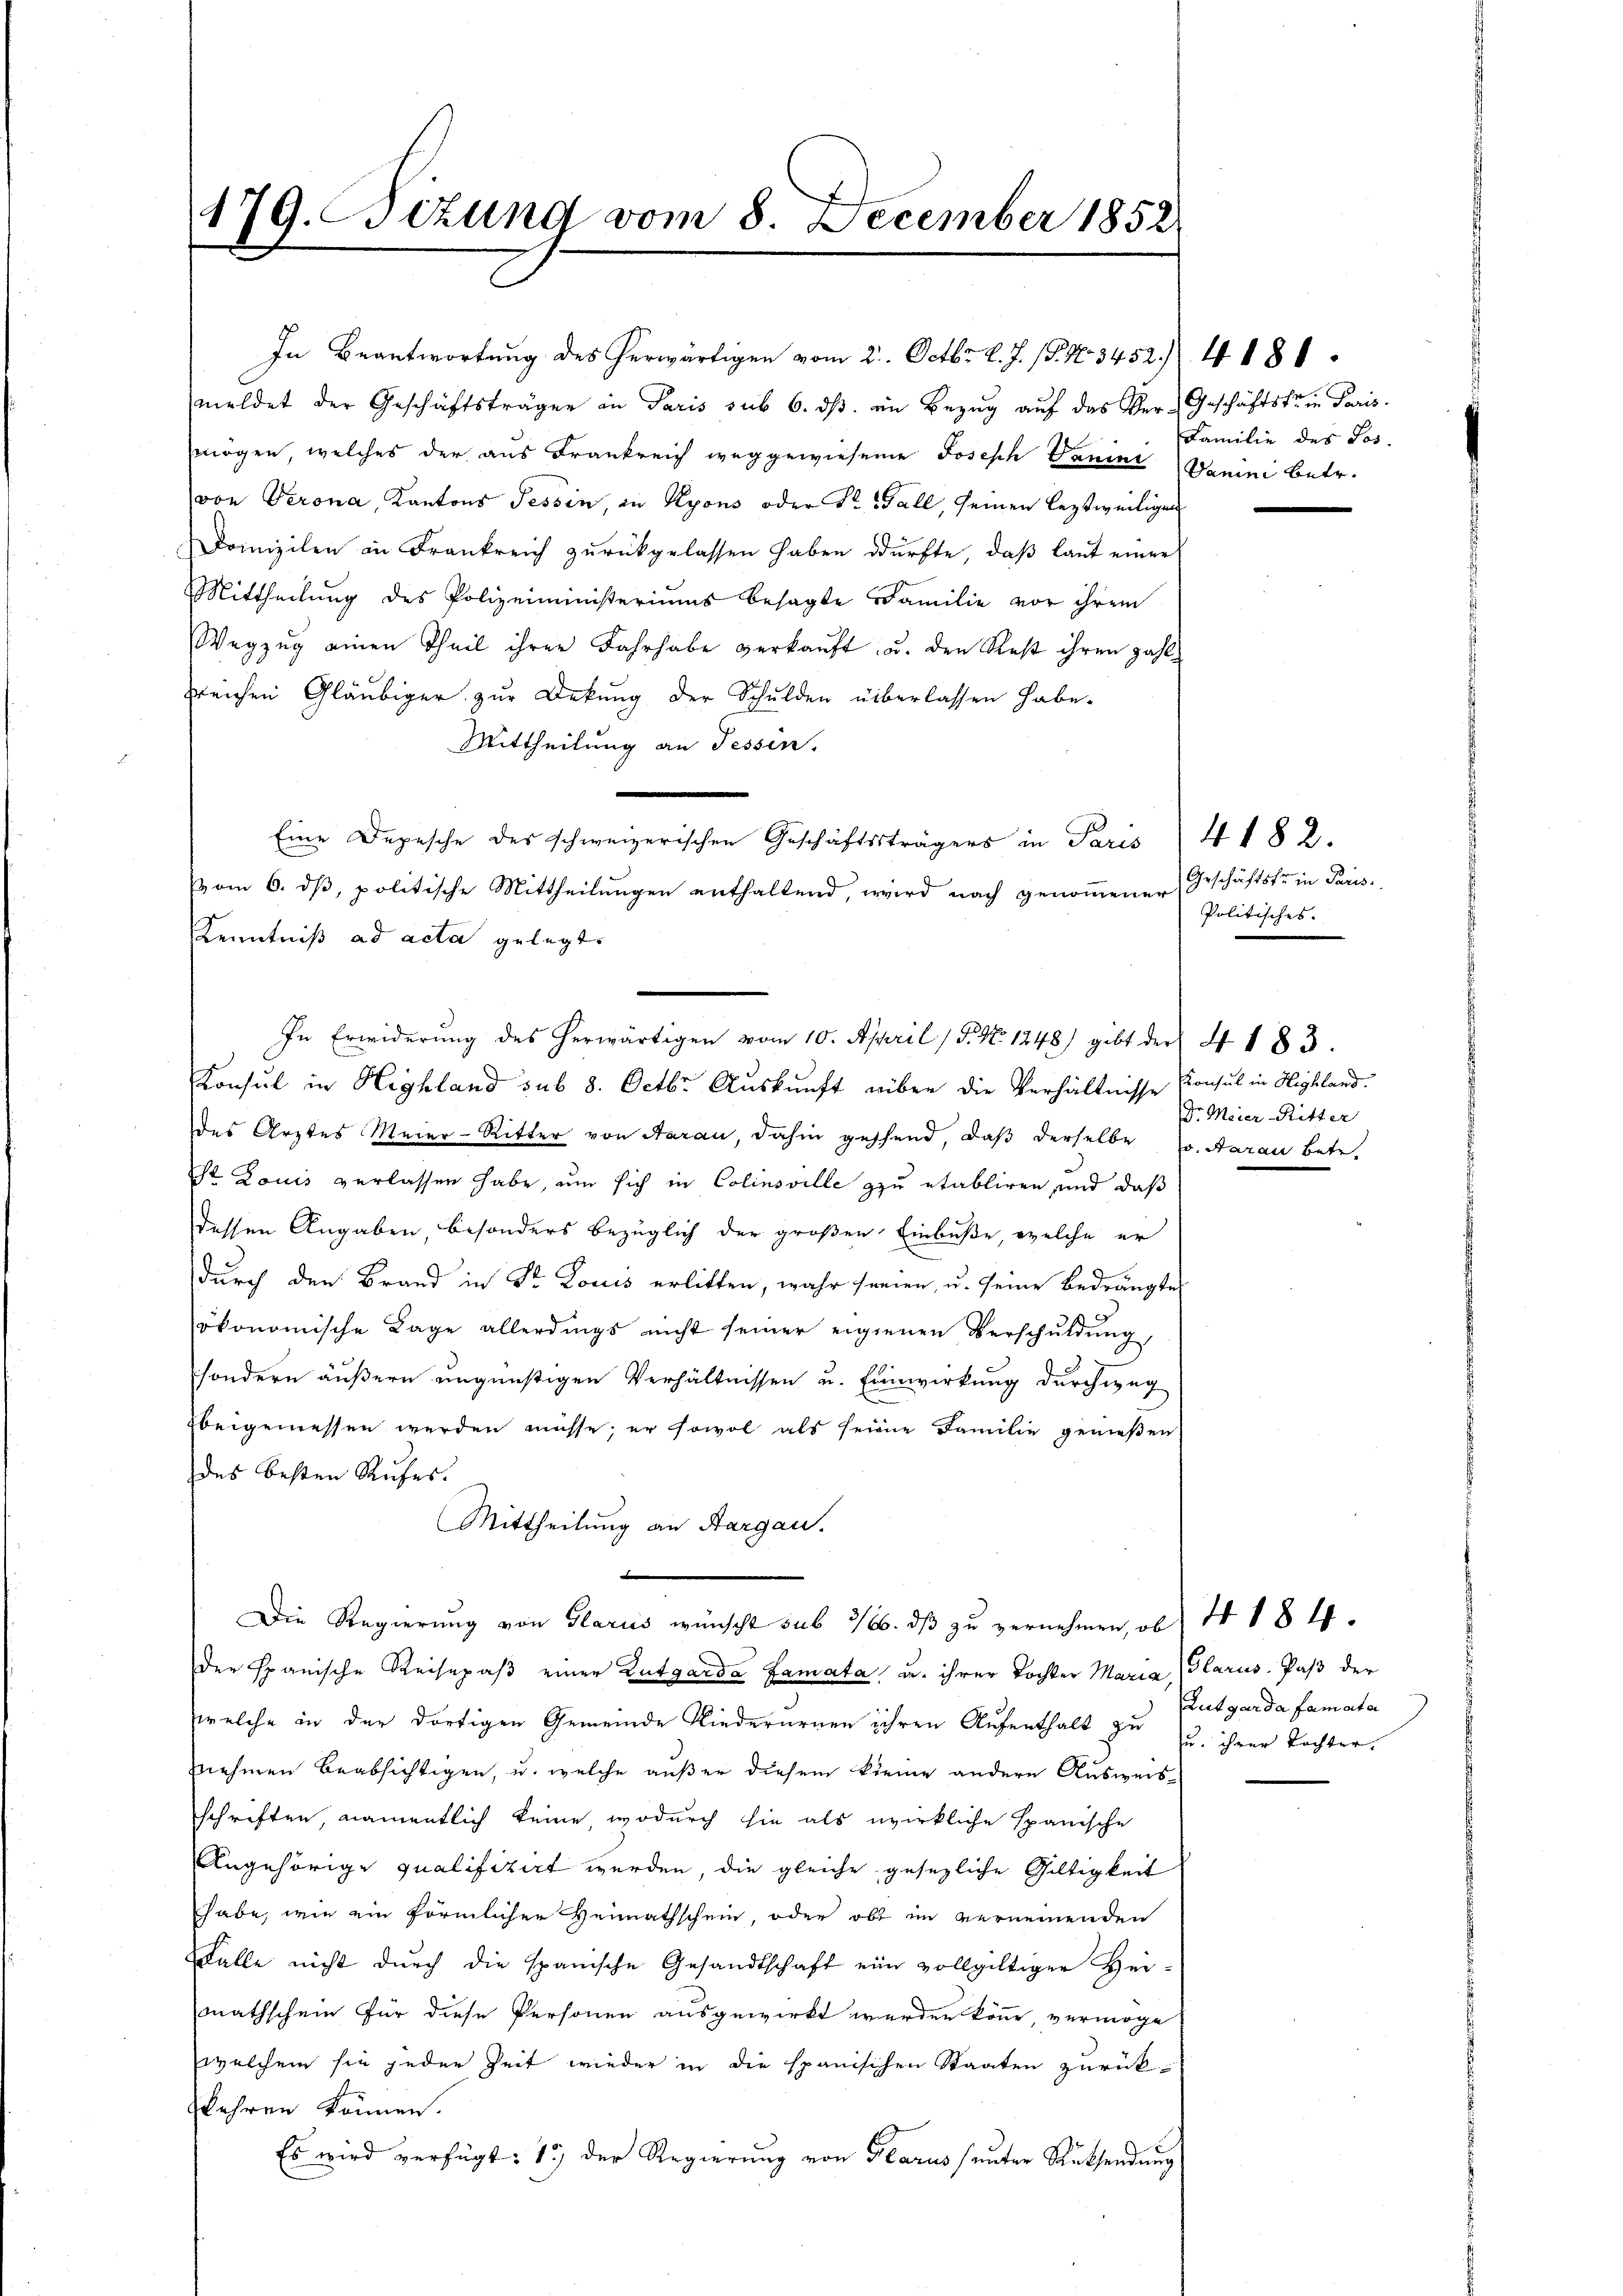
179. Bizung vom 8. December 1852.

In Beantwortung des herwärtigen vom 2. Octbr. l. J. 18. No 3452. 4181.
meldet der Geschäftsträger in Paris sub 6. ds. in Bezug auf das Ver-Geschäftstein Paris.
mögen, welches der aus Frankreich weggewiesene Joseph Vanini Danini betr.
von Verona, Kantons Tessin, in Kyons oder St. Gall, seinen leztweiligung
Domizilen in Frankreich zurückgelassen haben dürfte, daß laut einer
Mittheilung des Polizeiministeriums besagte Familie vor ihrem
Wegzŭg einen Theil ihrer Jahrhabe verkaŭft, u. den Rest ihren zahl-
greichen Gläubiger zur Dekung der Schulden überlassen habe.
Mittheilung an Tessin.
Eine Depesche des schweizerischen Geschäftssträgers in Paris
vom 6. dß, politische Mittheilungen enthaltend, wird nach genommener
Kenntniß ad acta gelegt.
Konsul in Highland sub 8. Octbr. Auskunft über die Verhältnisse Konsul in Highland.
des Arztes Meier-Ritter von Aarau, dahin geschend, daß derselbe (s. Aarau Betr.
st Louis verlassen habe, um sich in Colinsville zu etabliren, und daß
dessen Angaben besonders bezüglich der großen Einbuße, welche er
durch den Brand in Dr. Louis erlitten, wahr freien, u. seine Bedrängte
d
ökonomische Lage allerdings nicht seiner eigenen Verschuldung,
sondern äußern ungünstigen Verhältnissen u. Einwirkung durchweg
Ebergemessen werden müsse; er sowol als seine Familie genießen
des besten Rufes.
Mittheilung an Aargau.
.
Die Regierung von Glarus wünscht sub 3/16. dβ zŭ vernehmen, ob I 184.
der Spanische Reisepaß einer Zutgarda Zamata, u. ihrer Tochter Maria (Glarus. Paß der
welche in der dortigen Gemeinde Niederurnen ihren Aufenthalt zu
nnehmen beabsichtigen, u. welche außer diesem kleine andere Ausweisschriften, namentlich keine wodurch sie als wirkliche Spanische
Angehörige qualifizirt werden, die gleiche gesezliche Gültigkeit
habe, wie ein förmlicher Heimathschein, oder ob im verneinenden
FFalle nicht dŭrch die spanische Gesandtschaft eine vollgültiger Hei
mathschein für diese Personen ausgewirkt werden könne, vermöge
welchem sie jeder Zeit wieder in die spanisichen Staaten zurück-
slehren können.
Es wird verfügt: 15 der Regierung von Glarus (unter Rücksendung

In Erwiderŭng des herwärtigen vom 10. April / 5. No 1248) gibt der 4 183.

Familie des Jos.

4182.
Geschäftsfr. in Paris.
Politisches.

Dr. Meier Ritter

Zutgarda famata
u. ihrer Tochter.